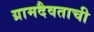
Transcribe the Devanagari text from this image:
ग्रामदैवताची